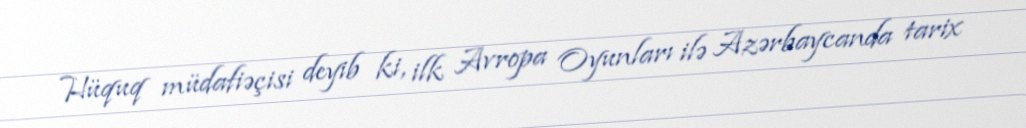
Hüquq müdafiəçisi deyib ki, ilk Avropa Oyunları ilə Azərbaycanda tarix